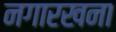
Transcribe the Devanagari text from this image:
नगारखना